Report of the Hyderabad Chloroform Commission
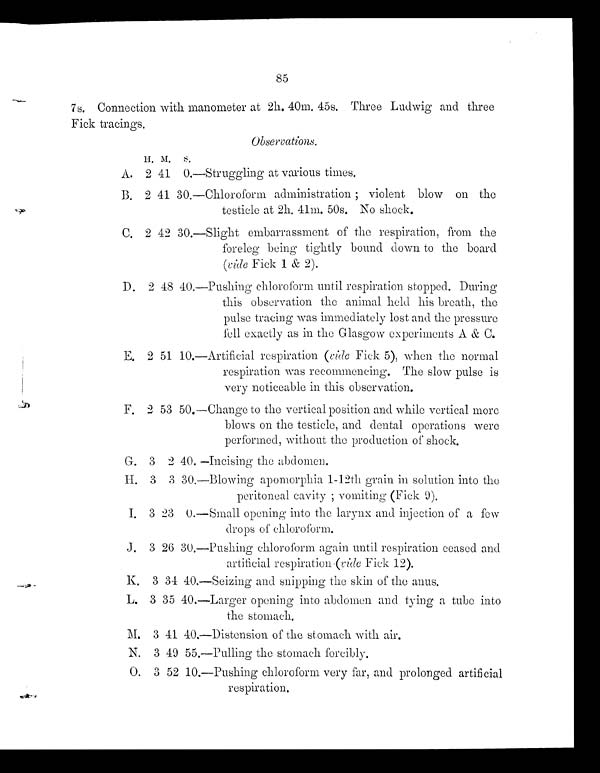
85
7s. Connection with manometer at 211. 40m. 45s. Three Ludwig and three
Fick tracings.
Observations,
H . M . S .
A. 2 41 0.—Struggling at various times.
B. 2 41 30.—Chloroform administration ; violent blow on the
testicle at 2h. 41m. 50s. No shock.
C. 2 42 30.—Slight embarrassment of the respiration, from the
foreleg being tightly bound down to the board
(vide Fick 1 & 2).
D. 2 48 40.—Pushing chloroform until respiration stopped. During
this observation the animal held his breath, the
pulse tracing was immediately lost and the pressure
fell exactly as in the Glasgow experiments A & C.
E. 2 51 10.—Artificial respiration (vide Fick 5), when the normal
respiration was recommencing. The slow pulse is
very noticeable in this observation.
F. 2 53 50.—Change to the vertical position and while vertical more
blows on the testicle, and dental operations were
performed, without the production of shock.
G. 3 2 40. —Incising the abdomen.
H. 3 3 30.—Blowing apomorphia 1-12th grain in solution into the
peritoneal cavity ; vomiting (Fick 9).
I. 3 23 0.—Small opening into the larynx and injection of a few
drops of chloroform.
J . 3 2 6 3 0 . —Pu s h i n g c h l o r o f o r m a g a i n u n t i l r e s p i r a t i o n c e a s e d a n d
artificial respiration (vide Fick 12).
K. 3 34 40.—Seizing and snipping the skin of the anus.
L. 3 35 40.—Larger opening into abdomen and tying a tube into
the stomach.
M. 3 41 40.—Distension of the stomach with air.
N. 3 49 55.—Pulling the stomach forcibly.
0. 3 52 10.—Pushing chloroform very far, and prolonged artificial
respiration.